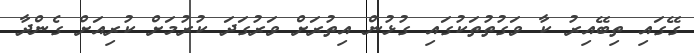
ގޭގައި ތިބޭއިރު ކާ ވަގުތުތަކުގައި ގުޅުން އިތުރަށް ވަރުގަދަ ކުރުމަށް ކުރިއަށް ގެންދާ